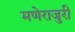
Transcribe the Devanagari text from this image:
मणेराजुरी